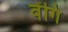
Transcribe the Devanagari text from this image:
वेंगि